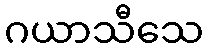
ဂယာသီသေ